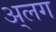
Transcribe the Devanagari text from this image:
अ्लग